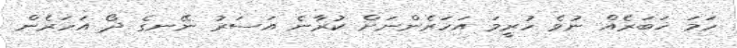
ހަމަ ޚަބަރެއް ނުވެ ހުރީމަ އަހަރެންނަށް ކުރާނެ އަސަރު ނޭނގެ ދޯ އަހަރެން